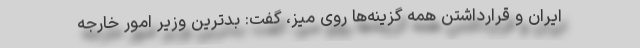
ایران و قرارداشتن همه گزینه‌ها روی میز، گفت: بدترین وزیر امور خارجه